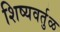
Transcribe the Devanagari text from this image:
शिष्यवर्तुळ